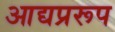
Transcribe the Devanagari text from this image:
आद्यप्ररूप